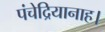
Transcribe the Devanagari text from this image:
पंचेद्रियानाह।